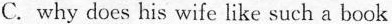
C.why does his wife like such a book